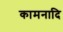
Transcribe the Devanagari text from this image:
कामनादि